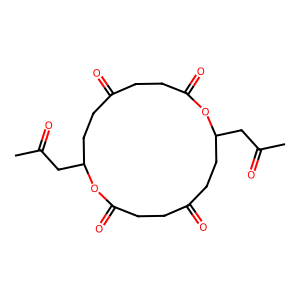
SMILES: CC(=O)CC1CCC(=O)CCC(=O)OC(CC(C)=O)CCC(=O)CCC(=O)O1
Inhibits HIV replication: Yes